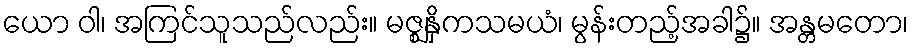
ယော ဝါ၊ အကြင်သူသည်လည်း။ မဇ္ဈနှိကသမယံ၊ မွန်းတည့်အခါ၌။ အန္တမတော၊